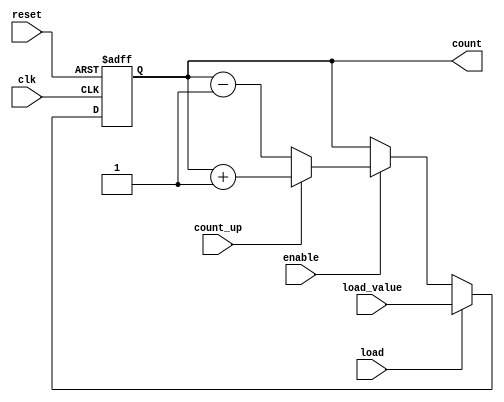
module synchronous_counter #(
    parameter WIDTH = 4  // Bit width of the counter
)(
    input wire clk,       // Clock input
    input wire reset,     // Asynchronous reset signal
    input wire enable,    // Enable signal
    input wire count_up,  // Control signal to count up (1) or down (0)
    input wire load,      // Load signal for loading a specific value
    input wire [WIDTH-1:0] load_value, // Value to load into the counter
    output reg [WIDTH-1:0] count // Current count value
);

    // Synchronous logic for counting
    always @(posedge clk or posedge reset) begin
        if (reset) begin
            count <= 0;  // Reset counter to initial state (0)
        end else if (load) begin
            count <= load_value;  // Load specified value
        end else if (enable) begin
            if (count_up) begin
                count <= count + 1; // Increment the counter
            end else begin
                count <= count - 1; // Decrement the counter
            end
        end
        // If enable is low, current count is retained automatically
    end

endmodule